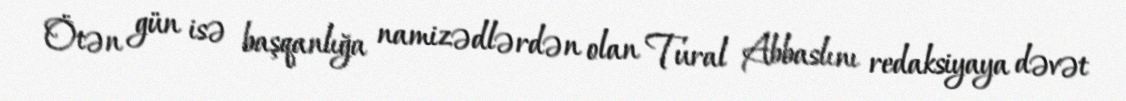
Ötən gün isə başqanlığa namizədlərdən olan Tural Abbaslını redaksiyaya dəvət